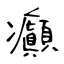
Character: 癲